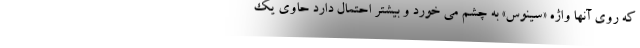
که روی آنها واژه «سینوس» به چشم می خورد و بیشتر احتمال دارد حاوی یک